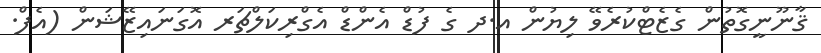
ޤާނޫނީގޮތުން ގެޒެޓްކުރެވޭ ލިޔުން އ.ދ ގެ ފުޑް އެންޑް އެގްރިކަލްޗަރ އޮގަނައިޒޭޝަން (އެފް.